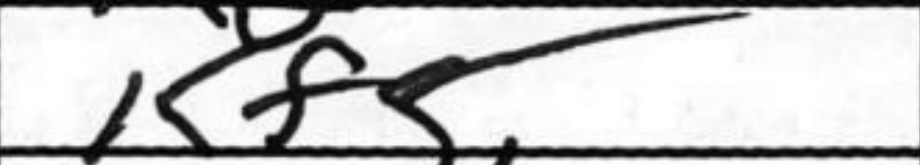
Transcription: Kf5